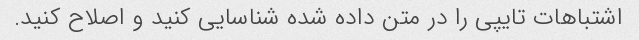
اشتباهات تایپی را در متن داده شده شناسایی کنید و اصلاح کنید.